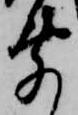
聞